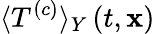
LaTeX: \langle T^{\left(c\right)}\rangle_{Y}\left(t,\mathbf{x}\right)